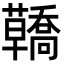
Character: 𧄳